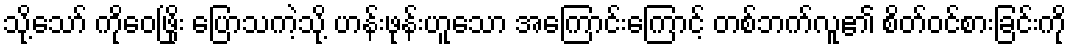
သို့သော် ကိုဝေဖြိုး ပြောသကဲ့သို့ ဟန်းဖုန်းဟူသော အကြောင်းကြောင့် တစ်ဘက်လူ၏ စိတ်ဝင်စားခြင်းကို